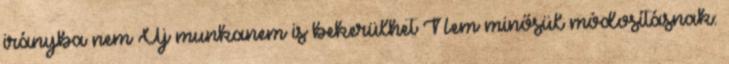
irányba nem Új munkanem is bekerülhet Nem minősül módosításnak: